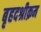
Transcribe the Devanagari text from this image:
बृहदश्रीक्रम